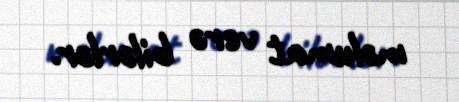
məlumat verə bilərlər.